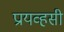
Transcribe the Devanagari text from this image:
प्रायव्हसी